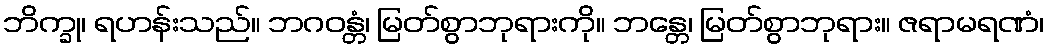
ဘိက္ခု၊ ရဟန်းသည်။ ဘဂဝန္တံ၊ မြတ်စွာဘုရားကို။ ဘန္တေ၊ မြတ်စွာဘုရား။ ဇရာမရဏံ၊